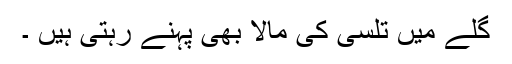
گلے میں تلسی کی مالا بھی پہنے رہتی ہیں ۔